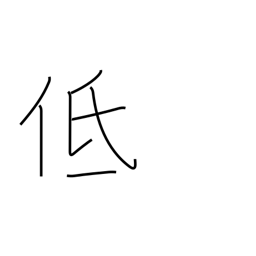
Meaning: short